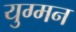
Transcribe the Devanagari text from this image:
युग्‍मन